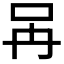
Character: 𠯧